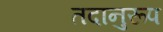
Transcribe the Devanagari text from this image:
तदानुरूप